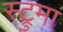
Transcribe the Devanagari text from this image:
स्ट्रुमा